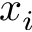
x _ { i }